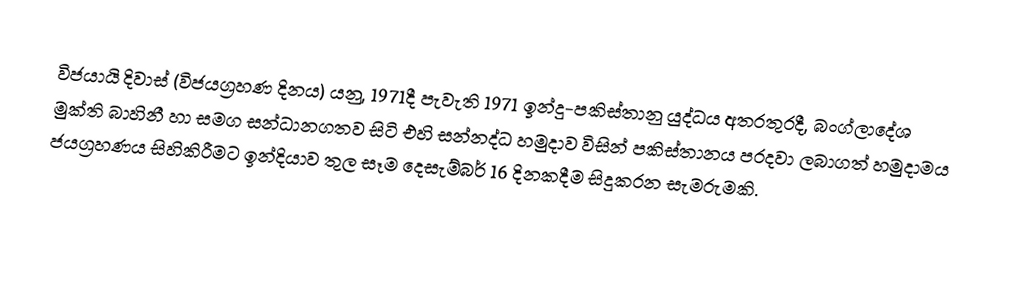
විජයායි දිවාස් (විජයග්‍රහණ දිනය) යනු, 1971දී  පැවැති 1971 ඉන්දු-පකිස්තානු යුද්ධය අතරතුරදී, බංග්ලාදේශ මුක්ති බාහිනී හා සමග සන්ධානගතව සිටි එහි සන්නද්ධ හමුදාව විසින්  පකිස්තානය පරදවා ලබාගත් හමුදාමය ජයග්‍රහණය සිහිකිරීමට ඉන්දියාව තුල සෑම දෙසැම්බර් 16 දිනකදීම සිදුකරන සැමරුමකි.